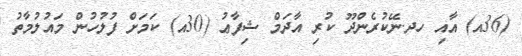
(36އ) އާއި ހދ.ނޭކުރެންދޫ ކުރި އާދަމް ޝިފާޢު (30އ) ކަމަށް ފުލުހުން މައުލުމާތު